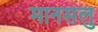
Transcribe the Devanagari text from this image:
मानसलु